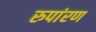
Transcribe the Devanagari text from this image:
रुपांरण